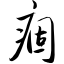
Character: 痼